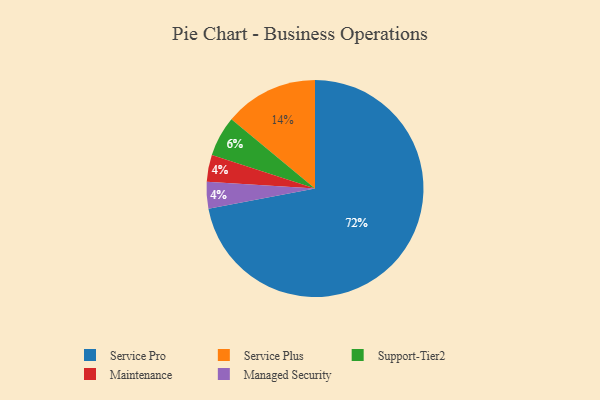
{"axis": {"x": "Category", "y": "Percentage"}, "legend": ["Maintenance", "Managed Security", "Service Plus", "Service Pro", "Support-Tier2"], "data": [{"x": "Maintenance", "y": 4, "type": "Maintenance"}, {"x": "Support-Tier2", "y": 6, "type": "Support-Tier2"}, {"x": "Service Plus", "y": 14, "type": "Service Plus"}, {"x": "Managed Security", "y": 4, "type": "Managed Security"}, {"x": "Service Pro", "y": 72, "type": "Service Pro"}]}